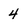
Character: 4